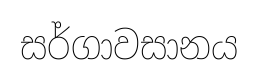
සර්ගාවසානය